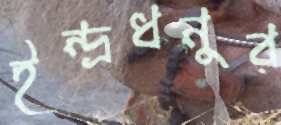
ইন্দ্রধনুর